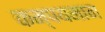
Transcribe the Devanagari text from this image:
कम्पयमान